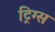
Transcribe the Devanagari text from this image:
ट्रिग्स